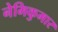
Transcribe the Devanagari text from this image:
नेमिकुमार